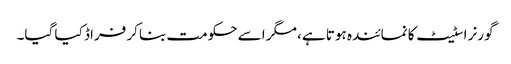
گورنر اسٹیٹ کا نمائندہ ہوتا ہے، مگر اسے حکومت بناکر فراڈ کیا گیا۔